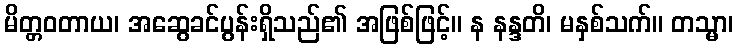
မိတ္တဝတာယ၊ အဆွေခင်ပွန်းရှိသည်၏ အဖြစ်ဖြင့်။ န နန္ဒတိ၊ မနှစ်သက်။ တသ္မာ၊